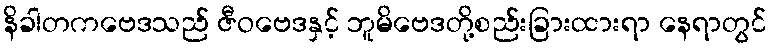
နိခါတကဗေဒသည် ဇီဝဗေဒနှင့် ဘူမိဗေဒတို့စည်းခြားထားရာ နေရာတွင်